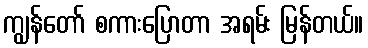
ကျွန်တော် စကားပြောတာ အရမ်း မြန်တယ်။